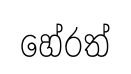
හේරත්